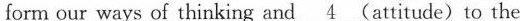
form our ways of thinking and \underline{4} (attitude) to the